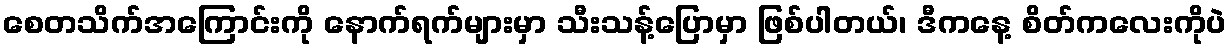
စေတသိက်အကြောင်းကို နောက်ရက်များမှာ သီးသန့်ပြောမှာ ဖြစ်ပါတယ်၊ ဒီကနေ့ စိတ်ကလေးကိုပဲ